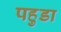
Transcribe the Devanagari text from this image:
पहुडा